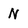
Character: N